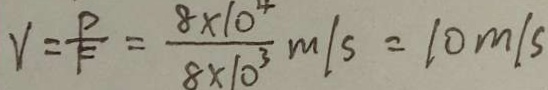
V = \frac { P } { F } = \frac { 8 \times 1 0 ^ { 4 } } { 8 \times 1 0 ^ { 3 } } m / s = 1 0 m / s